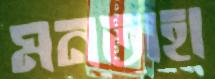
মনতাহা